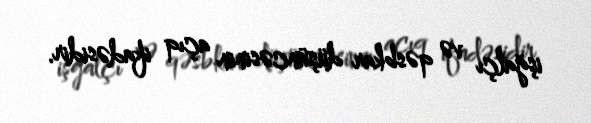
işğalçı və qəsbkar düşüncəsinin açıq ifadəsidir.